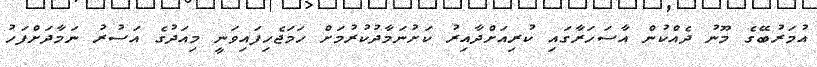
އުމަރުބޭގެ މޫނު ދެއްކުން އާސަހަރާގައި ކުރިއަށްދާއިރު ކަށުނަމާދުކުރުމަށް ހަމަޖެހިފައިވަނީ މިއަދުގެ އަސުރު ނަމާދަށްފަހު